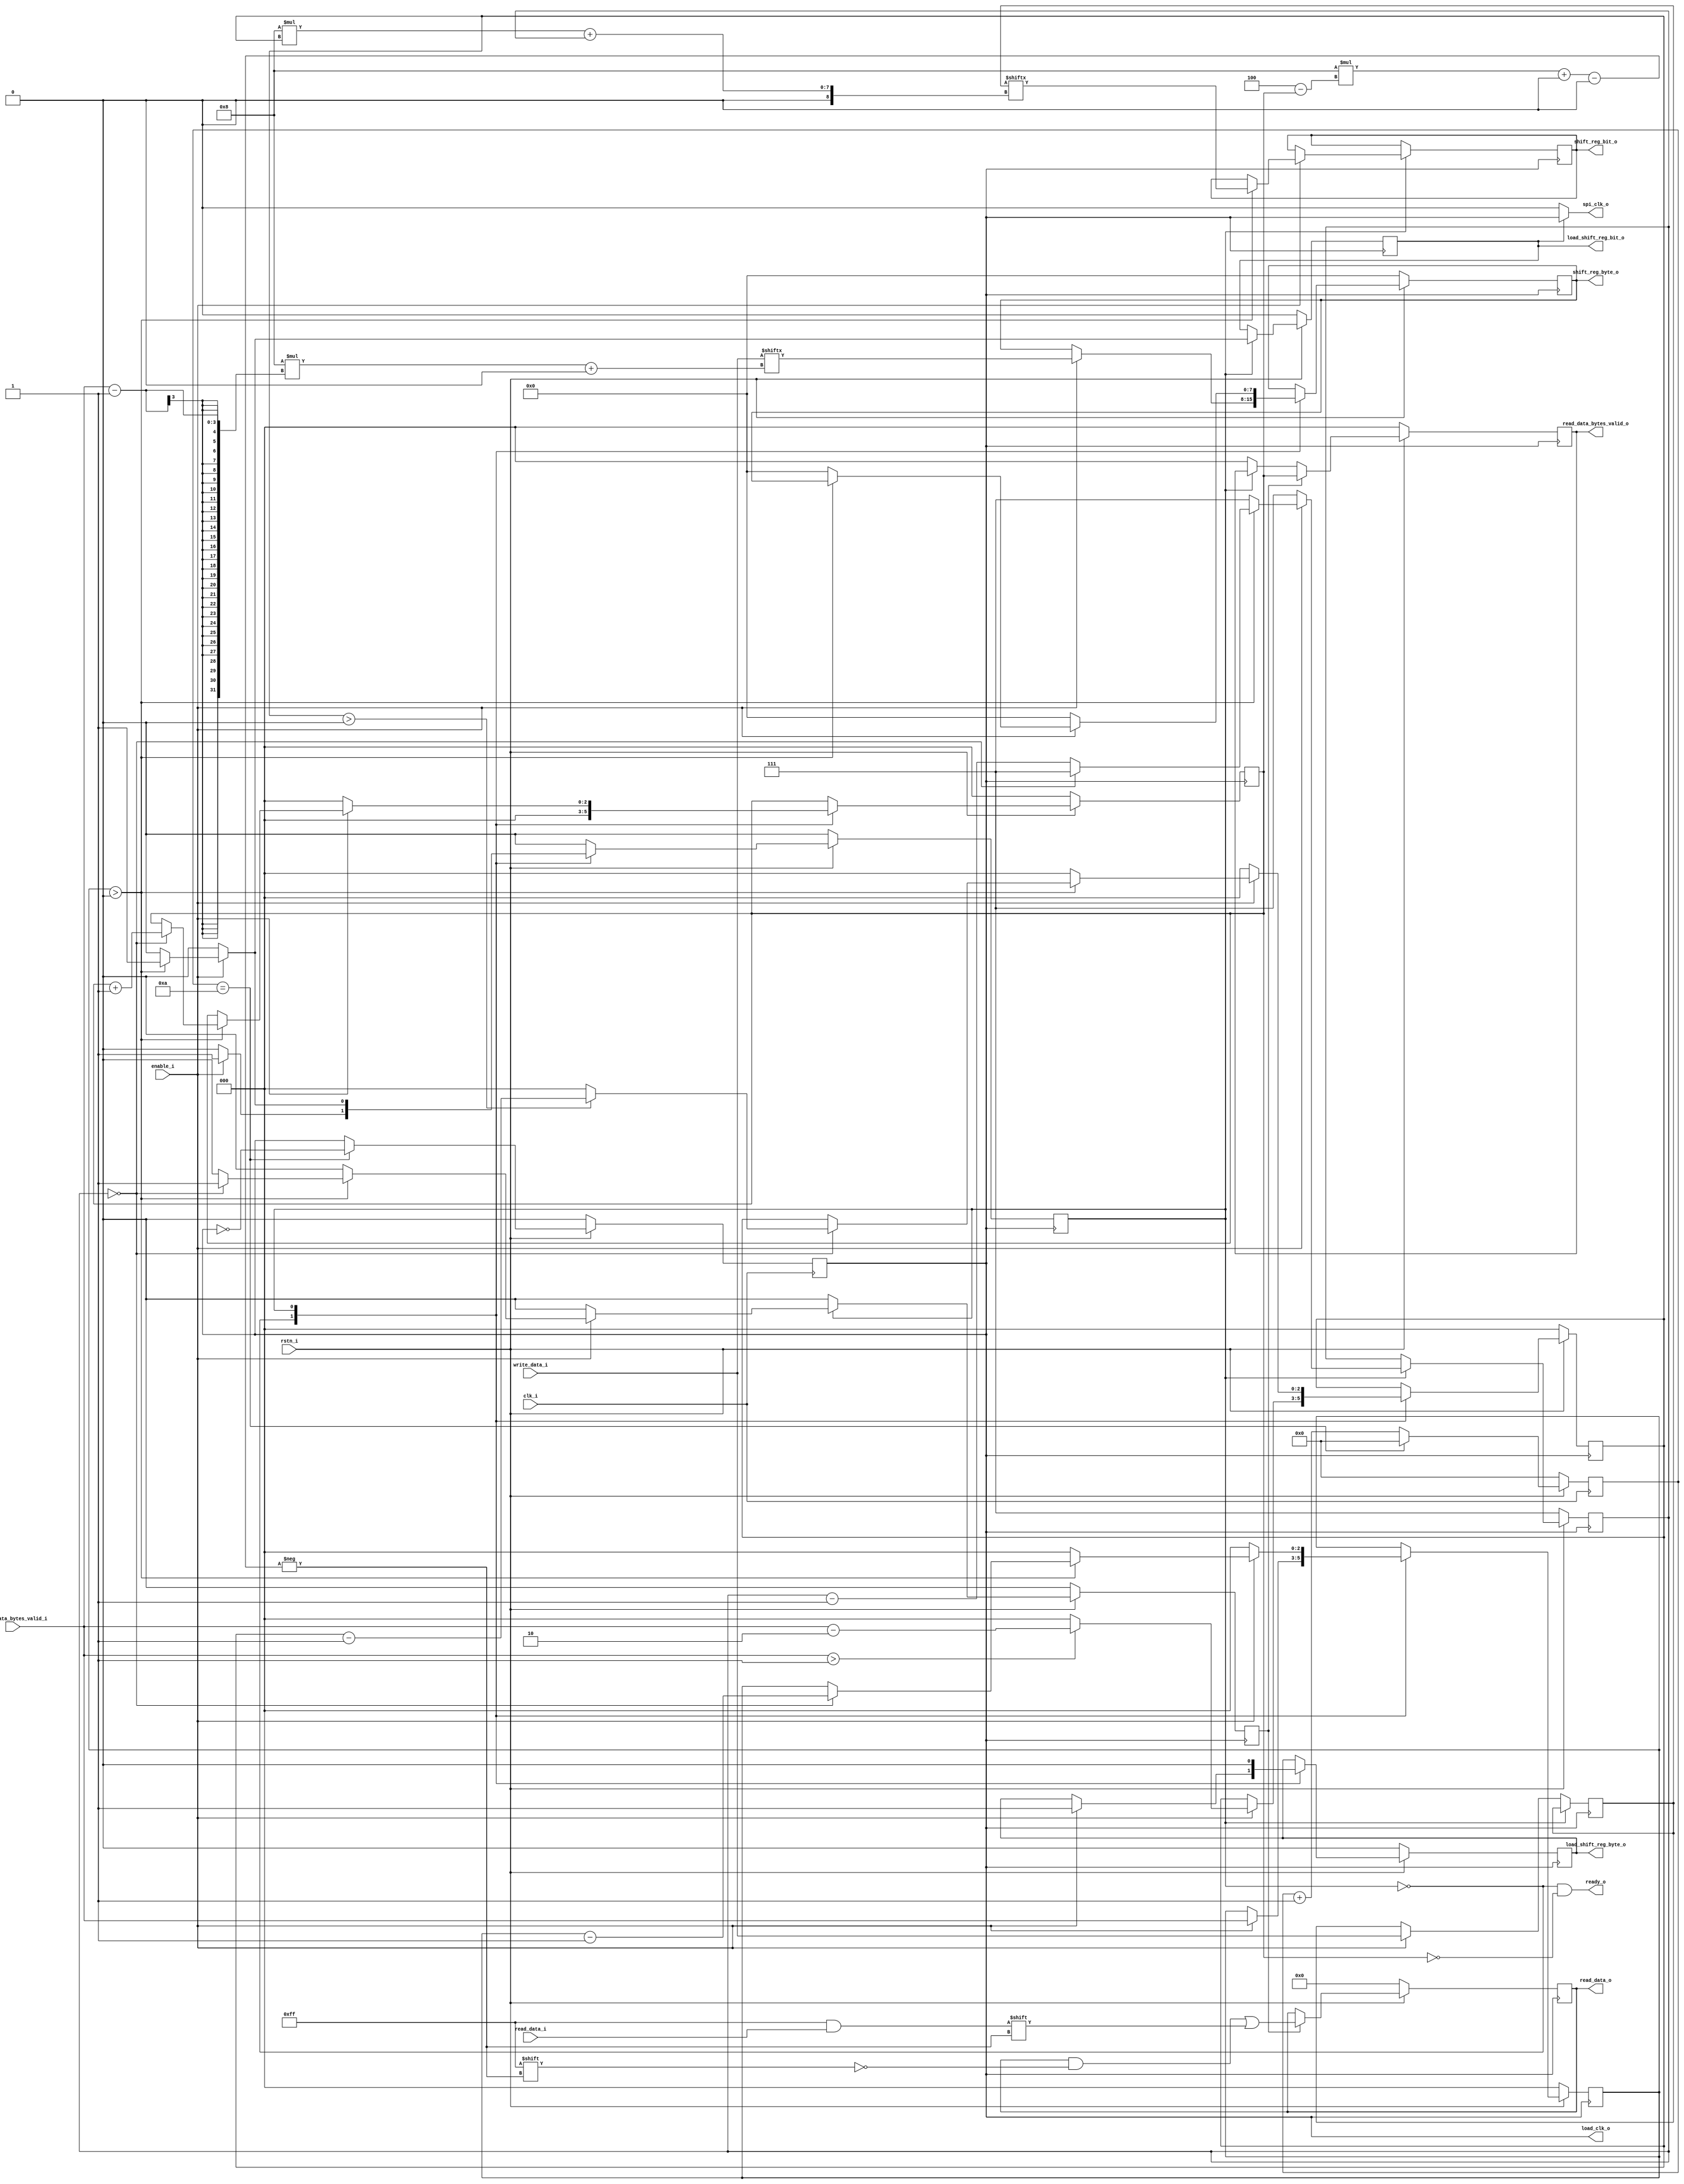
`timescale 1ns / 1ps    
/*************************************************************************/
/* Author: Andrew Mannion 23/04/2019                                     */
/* Digital & Embedded Systems Assignment 3                               */
/*************************************************************************/

module SPIMasterControl(
    input              clk_i,
    input              rstn_i,
    input              enable_i,
    input       [31:0] write_data_i,
    input       [ 7:0] read_data_i,
    input       [ 2:0] write_data_bytes_valid_i,
    output wire        load_shift_reg_byte_o,
    output reg  [ 7:0] shift_reg_byte_o,
    output wire        load_shift_reg_bit_o,
    output reg         shift_reg_bit_o,
    output wire        load_clk_o,   
    output wire        spi_clk_o,
    output wire [31:0] read_data_o,
    output wire [ 2:0] read_data_bytes_valid_o,
    output wire        ready_o
    // FUTURE:
    // Need parameter to indicate SPI clock idle value
    // Need parameter to indicate SPI clock frequency
    // Need parameter to indicate SPI clock polarity
    // Need parameter to indicate SPI clock phase for writes/reads
);

    localparam IDLE = 1'b0, SHIFTING = 1'b1;
    localparam SPI_CLOCK_IDLE = 1'b0;

    // SPI clock generation
    reg[4:0] count_r;
    reg spi_clk_waiting_r;    
    
    reg[31:0] read_data_r, write_data_r;
    
    reg ctrl_state_r;
    reg loading_r, shifting_r;
    reg[2:0] bit_count_r;
    reg[2:0] bytes_to_write_r, byte_index_r;
    reg[2:0] read_fill_level_bytes_r, read_fill_level_bytes_out_r;
    reg new_byte_r; 
    wire[2:0] read_fill_index_c;
    
    assign load_shift_reg_byte_o   = loading_r;
    assign load_shift_reg_bit_o    = shifting_r;
    assign load_clk_o              = spi_clk_waiting_r;
    assign spi_clk_o               = shifting_r ? spi_clk_waiting_r : SPI_CLOCK_IDLE;
    
    assign read_data_bytes_valid_o = read_fill_level_bytes_out_r;
    assign read_data_o             = read_data_r;
    assign clear_shift_reg_o       = 1'b0;
    
    // Process to generate an oscillating signal at the desired frequency
    // which forms an input to the logic for generating the SPI clock output
    // Divides clk_i by some integer value
    always @(posedge clk_i) begin
        if(count_r == 5'd10) begin 
            count_r           <= 5'd0; 
            spi_clk_waiting_r <= ~spi_clk_waiting_r;
        end  
        else begin
            count_r           <= count_r + 5'd1;
        end
        
        if(~rstn_i) begin
            count_r           <= 5'd0;
            spi_clk_waiting_r <= 1'b0;
        end
    end
    
    // Signal that indicates whether a new transaction can be accepted
    assign ready_o = (ctrl_state_r == IDLE & read_fill_level_bytes_r == 3'd0);
    
    // Process which contains FSM to handle inputs to, and outputs from, the write and read shift
    // registers
    always @(negedge spi_clk_waiting_r) begin 
        new_byte_r <= 1'b0;  // Only allow high for one clock cycle
        
        case (ctrl_state_r)
        IDLE : begin
            read_fill_level_bytes_r <= 3'd0; // Keep valid for one cycle after being in shifting mode
            
            if(enable_i) begin
                ctrl_state_r                <= SHIFTING;
                write_data_r                <= write_data_i; // Capture the data to be written
                loading_r                   <= 1'b1;         // Indicate an entire byte is to be loaded into the write s.r.
                shift_reg_byte_o            <= write_data_i[8*(write_data_bytes_valid_i-3'd1) +: 8];
                bytes_to_write_r            <= write_data_bytes_valid_i; // Capture amount of bytes to be transmitted
                // Set up the next byte to be txd - if only have one byte to tx, feed the first byte into the shift reg
                // just as dummy values (the dummy values will not be transmitted)
                byte_index_r                <= (write_data_bytes_valid_i > 3'd1)? write_data_bytes_valid_i - 3'd2 : 3'd0;
            end
        end
        
        SHIFTING : begin
            // Only ever load a byte for one cycle
            loading_r <= 1'b0;
            // Quit straight away if enable_i has gone low
            if(~enable_i) begin 
                ctrl_state_r             <= IDLE;
                bit_count_r              <= 3'd7;
                bytes_to_write_r         <= 3'd0;
                byte_index_r             <= 3'd0;
                read_fill_level_bytes_r  <= 3'd0;
                new_byte_r               <= 1'b0;
                shift_reg_byte_o         <= 8'd0;
                shifting_r               <= 1'b0;
            end
            else begin
                // Feed new bits into the write shift register, pull bits in from read shift register
                shifting_r  <= 1'b1;
                
                if(bytes_to_write_r > 3'd0) begin
                    // Continue transacting
                    // Index from MSB-down to LSB
                    shift_reg_bit_o <= write_data_r[8*(byte_index_r) + bit_count_r];                    
                    bit_count_r     <= bit_count_r - 4'd1;
                
                    // Complete byte has just been txd
                    if(bit_count_r == 3'd0) begin  
                        // Setup for next byte
                        bit_count_r             <= 3'd7; 
                        // Ensure next byte index is valid
                        byte_index_r            <= (byte_index_r > 3'd0)? byte_index_r - 3'd1 : 3'd0;
                        bytes_to_write_r        <= bytes_to_write_r - 3'd1;
                        // Indicate that there will be an entire new byte to take from the
                        // read shift register
                        new_byte_r              <= 1'b1;                        
                        read_fill_level_bytes_r <= read_fill_level_bytes_r + 3'b1;
                    end
                end
                else begin
                    // We have sent the desired number of bytes for this SPI transaction,
                    // so terminate
                    ctrl_state_r                <= IDLE;
                    bit_count_r                 <= 3'd7; // Set up for next transaction
                    bytes_to_write_r            <= 3'd0;
                    byte_index_r                <= 3'd0;
                    shift_reg_byte_o            <= 8'd0;
                    shifting_r                  <= 1'b0;
                end     
            end
        end 
        endcase
            
        if(~rstn_i) begin
            ctrl_state_r                <= IDLE;            
            bit_count_r                 <= 3'd7;
            bytes_to_write_r            <= 3'd0;
            byte_index_r                <= 3'd0;
            read_fill_level_bytes_r     <= 3'd0;
            new_byte_r                  <= 1'b0;
            loading_r                   <= 1'b0;
            shift_reg_byte_o            <= 8'd0;
            shifting_r                  <= 1'b0;
        end
    end
    
    assign read_fill_index_c = 3'd4 - read_fill_level_bytes_r;
    
    // Process to handle correct storage of data from the read shift register
    always @(negedge spi_clk_waiting_r) begin
        if(new_byte_r) begin
            // Assign MS byte down to LS byte, so use "inverse" of fill level
            read_data_r[8*read_fill_index_c +: 8] <= read_data_i;
            // Output value lags internal signal by 1 clock cycle as entire new read
            // byte is only valid on the subsequent negedge, so pick up on next posedge here 
            read_fill_level_bytes_out_r           <= read_fill_level_bytes_r;
        end 
        else if(ctrl_state_r == IDLE) begin
            read_fill_level_bytes_out_r <= 3'd0;
        end
        
        if(~rstn_i) begin
            read_data_r                 <= 32'b0;
            read_fill_level_bytes_out_r <= 3'd0;
        end
    end
endmodule